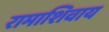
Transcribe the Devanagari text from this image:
रामाशिवाय